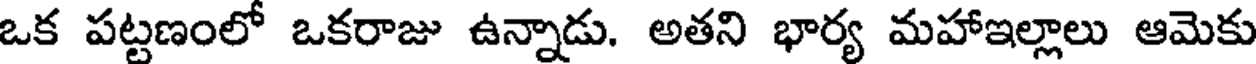
ఒక పట్టణంలో ఒకరాజు ఉన్నాడు. అతని భార్య మహాఇల్లాలు ఆమెకు